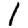
Digit: 1